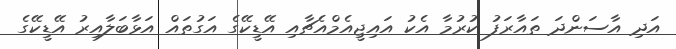
އަދި އާސަންދަ ތައާރަފު ކުރުމާ އެކު އައިޖީއެމްއެޗާއި އޭޑީކޭގެ އަގުތައް އަޅާބަލާއިރު އޭޑީކޭގެ